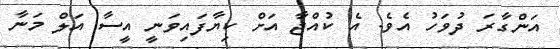
އަންގާރަ ދުވަހު އެވެ. އެ ކުއްޖާ އަށް ކިޔާފައިވަނީ އީސާ އަލް މަނާ